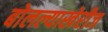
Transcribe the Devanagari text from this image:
बोलल्याखेरीज